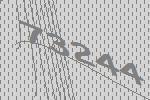
73244